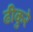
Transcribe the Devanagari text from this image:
ढीकुरे